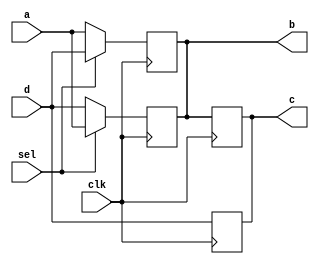
/**
	 5.9
    13,15,22,24     16,25
*/

module non_block(d,c,b,a,clk,sel);
output c,b;
input clk,a,d,sel;
reg c,b;
always @(posedge clk)
	begin
        if (sel)
            b<=a;
        else
            b<=d;
        c<=b;
    end

always @(negedge clk)
	begin
        if (sel)
            b<=d;
        else
            b<=a;
        c<=d;
    end
endmodule